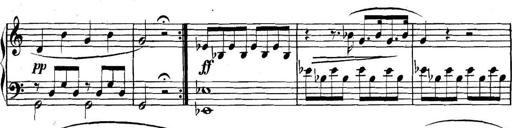
Title: Collected Piano Sonatas
Composer: Muzio Clementi